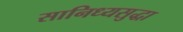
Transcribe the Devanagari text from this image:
सानिध्यसुद्धा